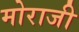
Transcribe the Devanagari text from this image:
मोराजी